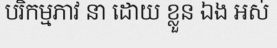
បរិកម្មភាវ នា ដោយ ខ្លួន ឯង អស់